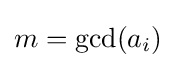
m=\operatorname {gcd} (a_{i})